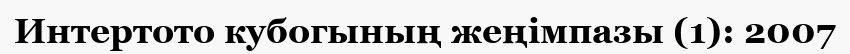
Интертото кубогының жеңімпазы (1): 2007